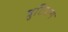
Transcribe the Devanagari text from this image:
त्रुटिजन्य